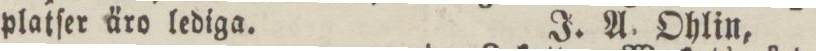
platſer äro lediga.    J. A. Ohlin,